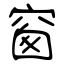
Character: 窗